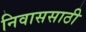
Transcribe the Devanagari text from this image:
निवाससाठी